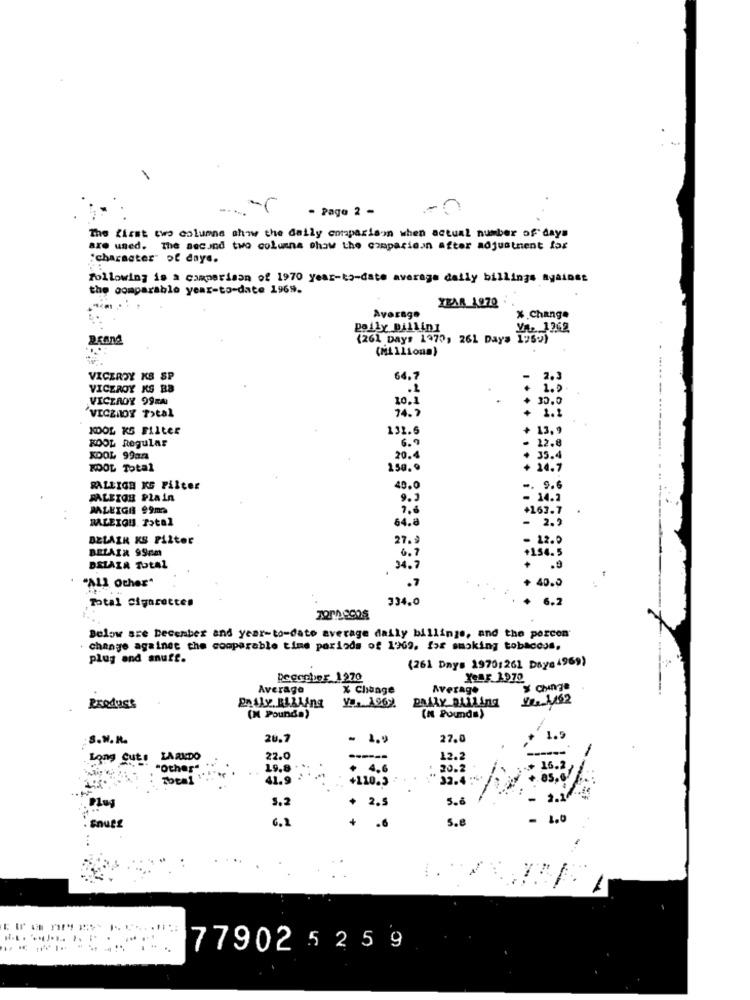
- Pago 2 -
The first two columns show the daily comparison when actual number of days
are used. The secund two columns show the comparison after adjustment for
"character" of daye.
following is a comparison of 1970 year-to-date average daily billings against
the comparable year-to-date 1969.
ZZAR 1970
Average
% Change
Polly DALLIDI
VA. 1262
(261 Days 197 ?, 261 Days 195-)
(NL 111onm)
VICEROY KS SP
64,7
2.3
VICZROY KS BB
+ 1.9
VICEROY 99RAI
10. 1
30.0
VICZNOY P>CAL
74. 7
+ 1.1
KDOL KS FILLEE
131.6
+ 13.9
KOOL Regular
6.7
- 22.
KOOL 99ar
20.4
+ 35.4
KOOL Total
150.9
+ 14.7
RALEIGH KG Filter
40.0
-. 9.6
PALETOB Plain
9.9
- 14.2
PALEIGA 99m
+163.7
BALEIOU Total
- 2.5
.4.0
DELAIR KS Filter
27. 9
- 12.0
BELAIR 99cm
+156. 5
6 . 7
DELAIR TotAL
4.i
.9
"ALL Other"
.7
+ 40.0
Total Cigarettes
334.0
6.2
Below sze December and year-to-date average daily billings, and the porcon'
change against the comparable time periods of 1969. for smoking tobacoss,
plug and anutt.
(261 Days 1970:261 Days 4969)
Deeccher 1270
XOBF 1970
Average
X Change
Average
y Change
12: 1162
Produst
PAARY BALLing
(N Pounds)
(M Pounds)
: S.W. R.
26.7
-
1.9
27.0
1.9
Long Gut!
LARKDO
22.0
12.2
"Other"
4.6
20.2
16.21
+110.5
32.4 :4.
3.2
+ 2.5
5.6
Plus
6.2
S.e
- 1.0
. Snues
+
.6
1
77902 5 25 9